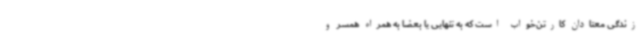
زندگی معتادان کارتن‌خواب است که به تنهایی یا بعضا به همراه همسر و